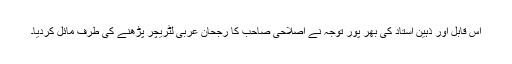
اس قابل اور ذہین استاد کی بھر پور توجہ نے اصلاحی صاحب کا رجحان عربی لٹریچر پڑھنے کی طرف مائل کردیا۔